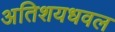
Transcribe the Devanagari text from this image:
अतिशयधवल